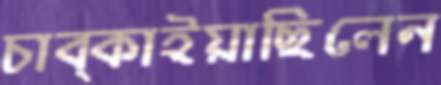
চাব্‌কাইয়াছিলেন